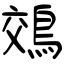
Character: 鵁